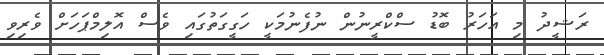
ރަޝީދު މި އަހަރު ބޮޑު ސްކްރީނުން ނުފެނުމަކީ ހަގީގަތުގައި ވެސް އޮލިމްޕަހަށް ވެރިވި